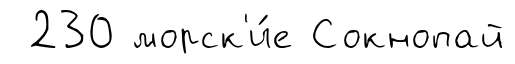
230 морск'и́е Сокнопай